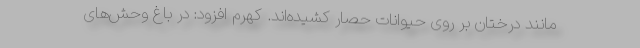
مانند درختان بر روی حیوانات حصار کشیده‌اند. کهرم افزود: در باغ وحش‌های